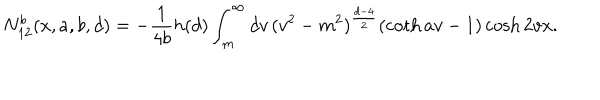
N _ { 1 2 } ^ { b } ( x , a , b , d ) = - \frac { 1 } { 4 b } h ( d ) \int _ { m } ^ { \infty } d v \, ( v ^ { 2 } - m ^ { 2 } ) ^ { \frac { d - 4 } { 2 } } ( \coth a v - 1 ) \cosh 2 v x .